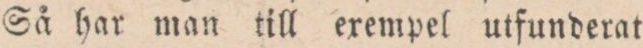
Så har man till erempel utfunderat